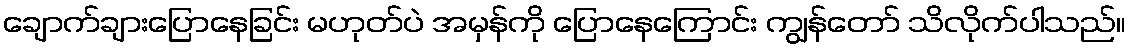
ချောက်ချားပြောနေခြင်း မဟုတ်ပဲ အမှန်ကို ပြောနေကြောင်း ကျွန်တော် သိလိုက်ပါသည်။